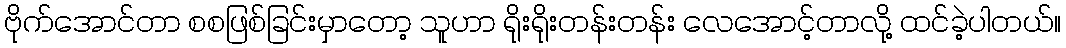
ဗိုက်အောင်တာ စစဖြစ်ခြင်းမှာတော့ သူဟာ ရိုးရိုးတန်းတန်း လေအောင့်တာလို့ ထင်ခဲ့ပါတယ်။